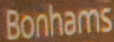
Bonhams